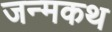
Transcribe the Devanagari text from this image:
जन्मकथ